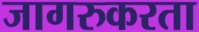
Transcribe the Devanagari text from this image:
जागरुकरता